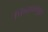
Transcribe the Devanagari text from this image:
फिराजपुर